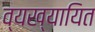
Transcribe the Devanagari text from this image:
व्यख्यायित